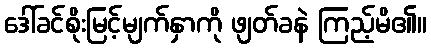
ဒေါ်ခင်စိုးမြင့်မျက်နှာကို ဖျတ်ခနဲ ကြည့်မိ၏။